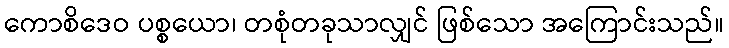
ကောစိဒေဝ ပစ္စယော၊ တစုံတခုသာလျှင် ဖြစ်သော အကြောင်းသည်။